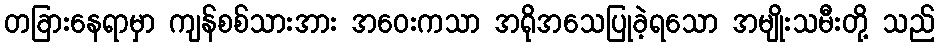
တခြားနေရာမှာ ကျန်စစ်သားအား အဝေးကသာ အရိုအသေပြုခဲ့ရသော အမျိုးသမီးတို့ သည်